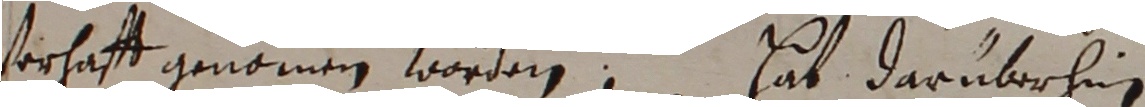
verhaft genommen worden Hat darüberhin